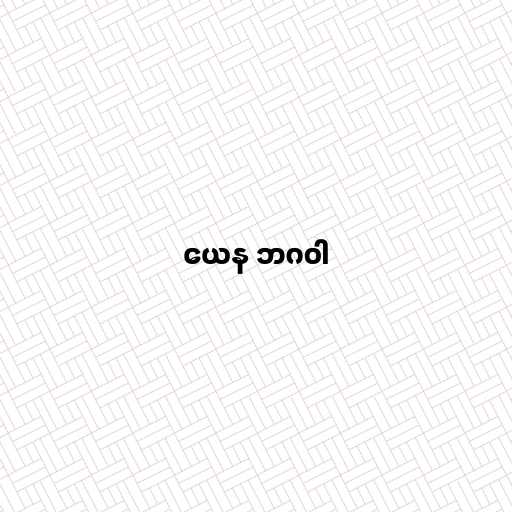
ယေန ဘဂဝါ